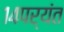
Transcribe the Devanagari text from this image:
१४पर्यंत